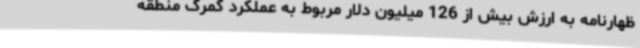
ظهارنامه به ارزش بیش از 126 میلیون دلار مربوط به عملکرد گمرک منطقه